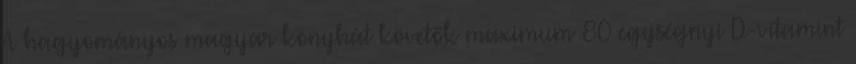
A hagyományos magyar konyhát követők maximum 80 egységnyi D-vitamint